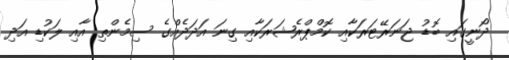
ދޯނީގައި ބޮޑު ޖަނަރޭޓަރަކާއި ކޮމްޕްރެޝަރަކާއި ގިނަ އަދަދެއްގެ ސިމެންތި އާއި ލަކުޑި އަދި